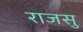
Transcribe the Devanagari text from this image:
राजसु